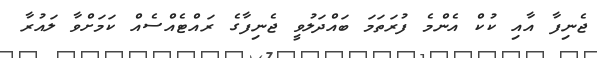
ޖެނިފާ އާއި ކުކް އެންމެ ފުރަތަމަ ބައްދަލުވީ ޖެނިފާގެ ރައްޓެއްސެއް ކަމަށްވާ ލައުރާ